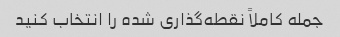
جمله کاملاً نقطه‌گذاری شده را انتخاب کنید